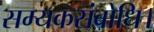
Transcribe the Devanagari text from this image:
सम्यकसंबोधि।